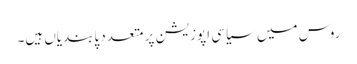
روس میں سیاسی اپوزیشن پر متعدد پابندیاں ہیں۔